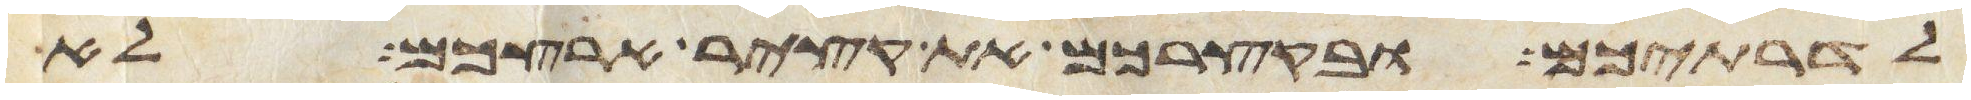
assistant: לדרתיכם ובקצירכם את קציר ארצכם לא